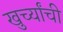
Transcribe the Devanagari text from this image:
खुर्च्यांची